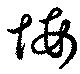
悔